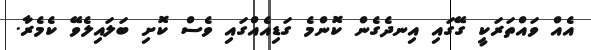
އެއް ވައްތަރަކީ ގޭގައި އިނދެގެން ކޮންމެ ގަޑިއެއްގައި ވެސް ކޮށި ބަލައިލެވޭ ކެމެރާ.